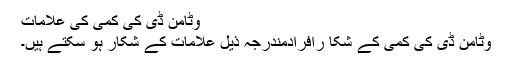
وٹامن ڈی کی کمی کی علامات
وٹامن ڈی کی کمی کے شکا رافرادمندرجہ ذیل علامات کے شکار ہو سکتے ہیں۔